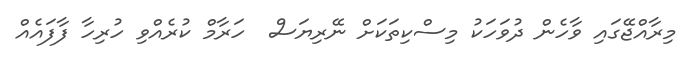
މިރާއްޖޭގައި ވާހެން ދުވަހަކު މިސްކިތަކަށް ނޭރިޔަސް  ހަރާމް ކުރެއްވި ހުރިހާ ފާފައެއް